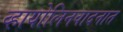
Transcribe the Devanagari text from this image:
व्हायोलिनवादनात